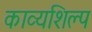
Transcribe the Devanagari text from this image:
काव्यशिल्प